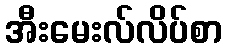
အီးမေးလ်လိပ်စာ